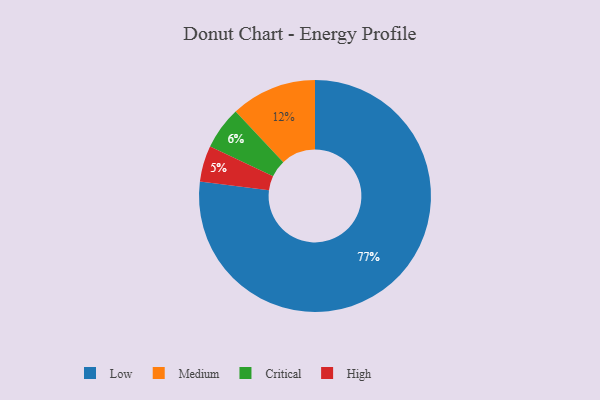
{"axis": {"x": "Category", "y": "Percentage"}, "legend": ["Critical", "High", "Low", "Medium"], "data": [{"x": "Medium", "y": 12, "type": "Medium"}, {"x": "Critical", "y": 6, "type": "Critical"}, {"x": "High", "y": 5, "type": "High"}, {"x": "Low", "y": 77, "type": "Low"}]}